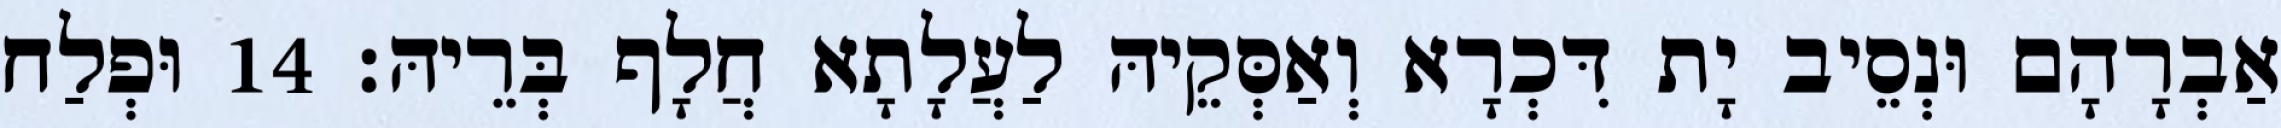
אַבְרָהָם וּנְסֵיב יָת דִּכְרָא וְאַסְּקֵיהּ לַעֲלָתָא חֲלָף בְּרֵיהּ׃ 14 וּפְלַח